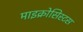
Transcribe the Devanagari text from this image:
माइक्रोसिस्टस